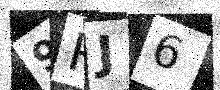
Text: 9RJ6